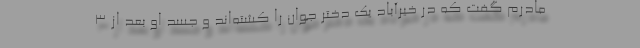
مادرم گفت که در خیرآباد یک دختر جوان را کشته‌اند و جسد او بعد از ۳